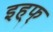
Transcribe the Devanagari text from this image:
इह्फ्